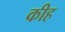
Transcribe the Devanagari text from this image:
कीह